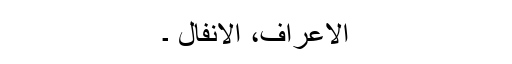
الاعراف، الانفال ۔